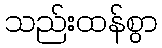
သည်းထန်စွာ